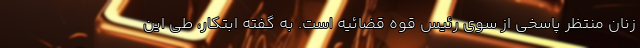
زنان منتظر پاسخی از سوی رئیس قوه قضائیه است. به گفته‌ ابتکار، طی این